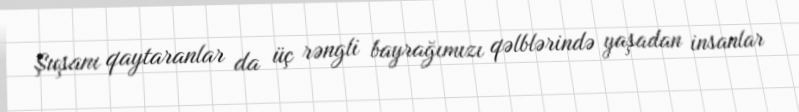
Şuşanı qaytaranlar da üç rəngli bayrağımızı qəlblərində yaşadan insanlar